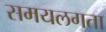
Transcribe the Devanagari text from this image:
समयलगता